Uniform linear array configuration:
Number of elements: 48
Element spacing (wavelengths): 0.25
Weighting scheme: binomial
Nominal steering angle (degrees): -30
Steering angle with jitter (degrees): -29.271
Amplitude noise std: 0.05
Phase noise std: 0.05

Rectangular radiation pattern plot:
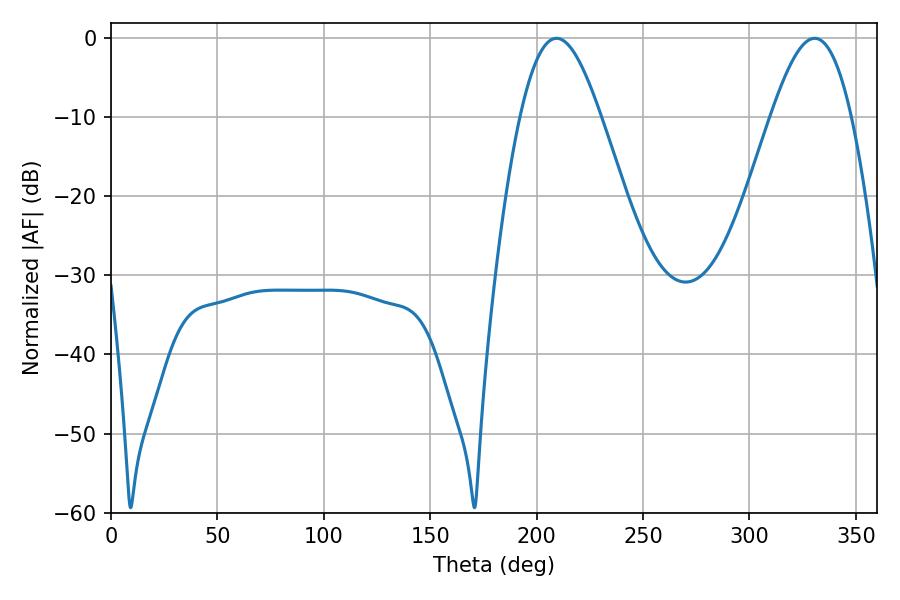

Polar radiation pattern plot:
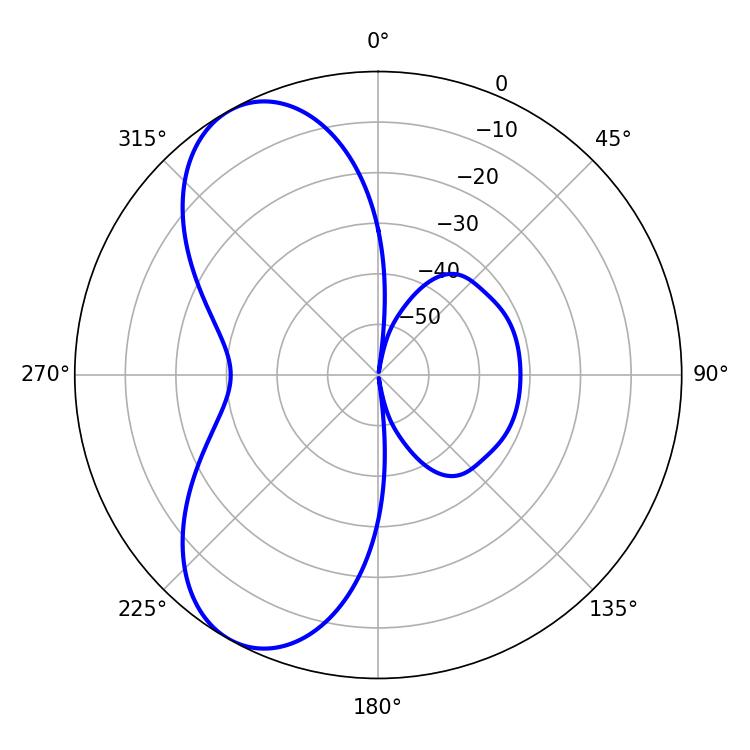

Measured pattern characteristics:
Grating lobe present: FALSE
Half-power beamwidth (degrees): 20.52
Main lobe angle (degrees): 209.34